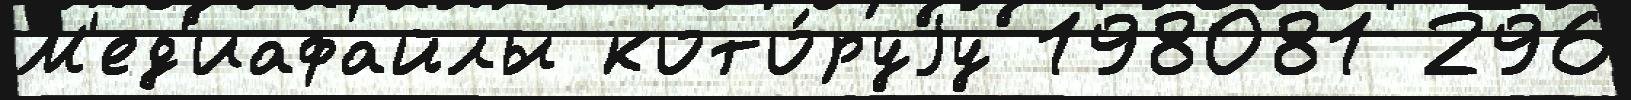
М'ед'иафайлы кото́руjу 198081 296